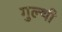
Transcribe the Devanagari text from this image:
गुल्थी